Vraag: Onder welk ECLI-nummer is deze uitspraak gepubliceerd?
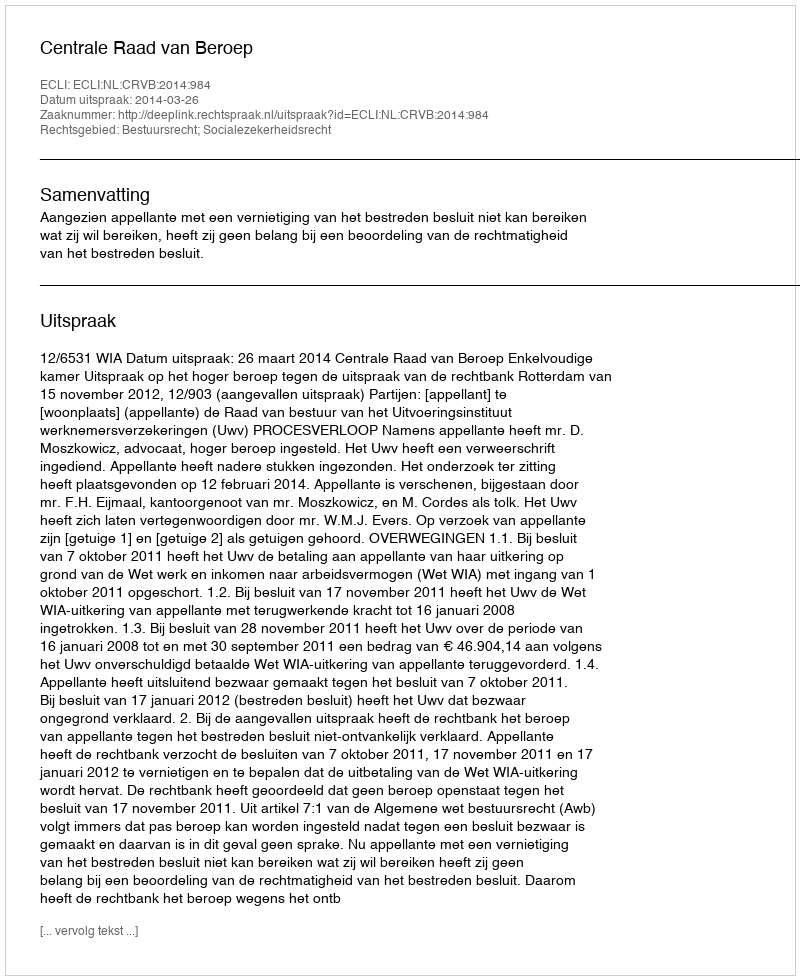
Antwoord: ECLI:NL:CRVB:2014:984